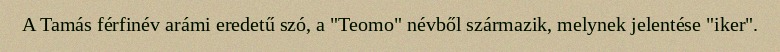
A Tamás férfinév arámi eredetű szó, a "Teomo" névből származik, melynek jelentése "iker".